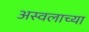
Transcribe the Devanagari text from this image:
अस्वलाच्या